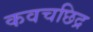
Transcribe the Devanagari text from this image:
कवचछिद्र